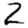
Digit: 2